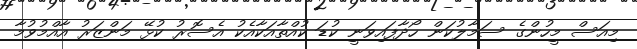
މިއަސް މީހުންގެ ސަމާލުކަން ހޯދާފައިވަނީ ކުޑަ ކުއްތާއަކާއެކު އެސޮރު ކުޅޭ މަންޒަރު އާއްމުވުމާ